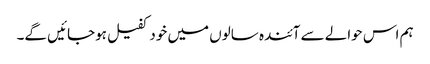
ہم اس حوالے سے آئندہ سالوں میں خود کفیل ہوجائیں گے۔